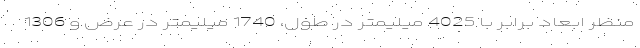
منظر ابعاد برابر با 4025 میلیمتر در طول، 1740 میلیمتر در عرض و 1306